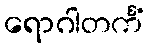
ရောဂါတင်္ကံ